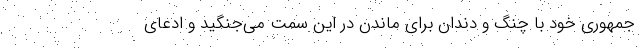
‌جمهوری خود با چنگ و دندان برای ماندن در این سمت می‌جنگید و ادعای